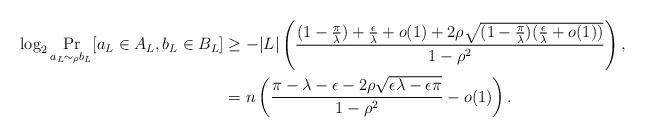
LaTeX: \begin{align*}\log_2 \Pr_{a_L \sim_{\rho} b_L}[a_{L} \in A_{L}, b_L \in B_{L}] &\geq -|L|\left(\frac{(1-\tfrac{\pi}{\lambda})+\tfrac{\epsilon}{\lambda}+o(1)+2\rho\sqrt{(1-\tfrac{\pi}{\lambda})(\tfrac{\epsilon}{\lambda} + o(1))}}{1-\rho^2}\right),\\&= n\left(\frac{\pi - \lambda - \epsilon - 2\rho\sqrt{\epsilon\lambda-\epsilon\pi}}{1-\rho^2} - o(1)\right).\end{align*}